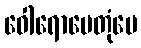
ဝေါရောပေတုံပေ